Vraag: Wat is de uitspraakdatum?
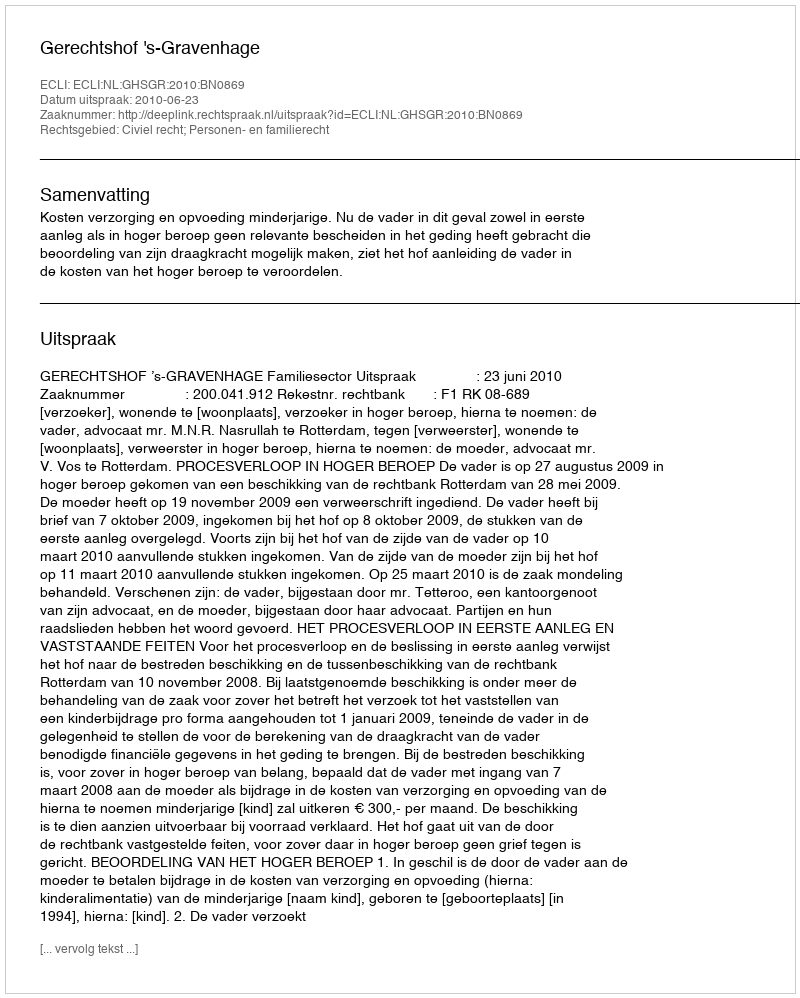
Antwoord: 2010-06-23